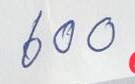
600